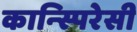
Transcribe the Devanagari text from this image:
कान्स्पिरेसी